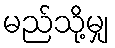
မည်သို့မျှ